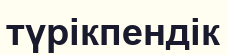
түрікпендік